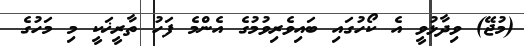
(މުޖޭ) ވިދާޅުވީ އެ ކޯހުގައި ބައިވެރިވުމުގެ އެންމެ ފަހު ތާރީޚަކީ މި މަހުގެ